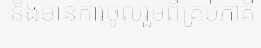
និងមានការចូលរួមពីគ្រប់ភាគី